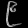
Digit: ၉